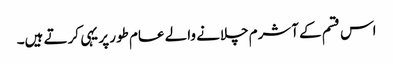
اس قسم کے آشرم چلانے والے عام طور پر یہی کرتے ہیں۔